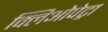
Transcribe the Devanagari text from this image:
क्लिओपेट्रा